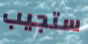
ستجيب